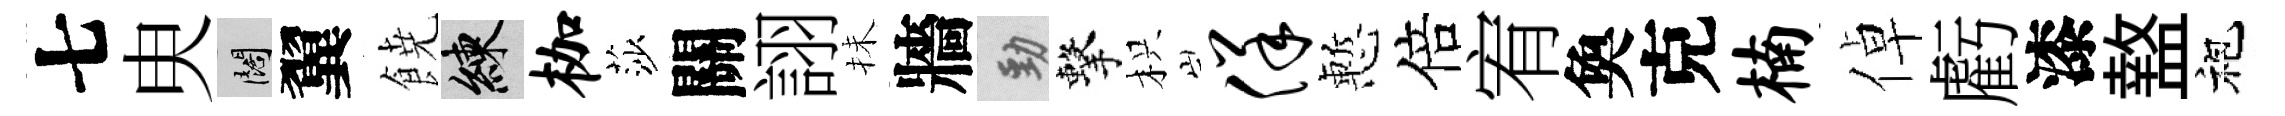
七㬰闊翼𩜙練枷莎關詡抺牆勁擊枳佯慙倍宥奐克楠倬虧漆盩袍